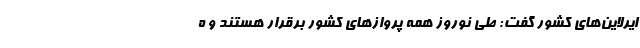
ایرلاین‌های کشور گفت: طی نوروز همه پروازهای کشور برقرار هستند و ه